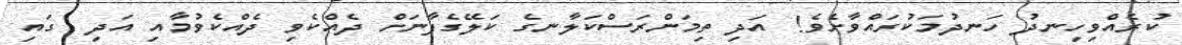
ކުރެއްވިހިނދު ހަނދުމަކުރައްވާށެވެ! އަދި ތިމަންރަސްކަލާނގެ ކަލޭގެފާނަށް ދެއްކެވި ދެއްކެވުމާއި އަދި  ގައި